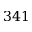
3 4 1